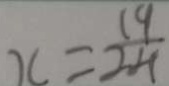
x = \frac { 1 9 } { 2 4 }